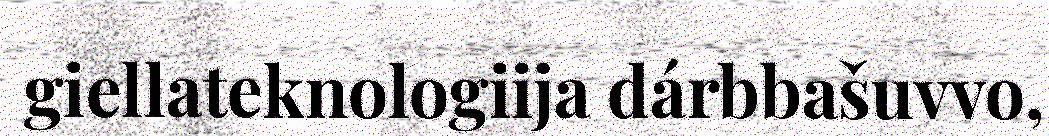
giellateknologiija dárbbašuvvo,